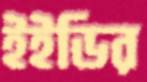
ইইডির